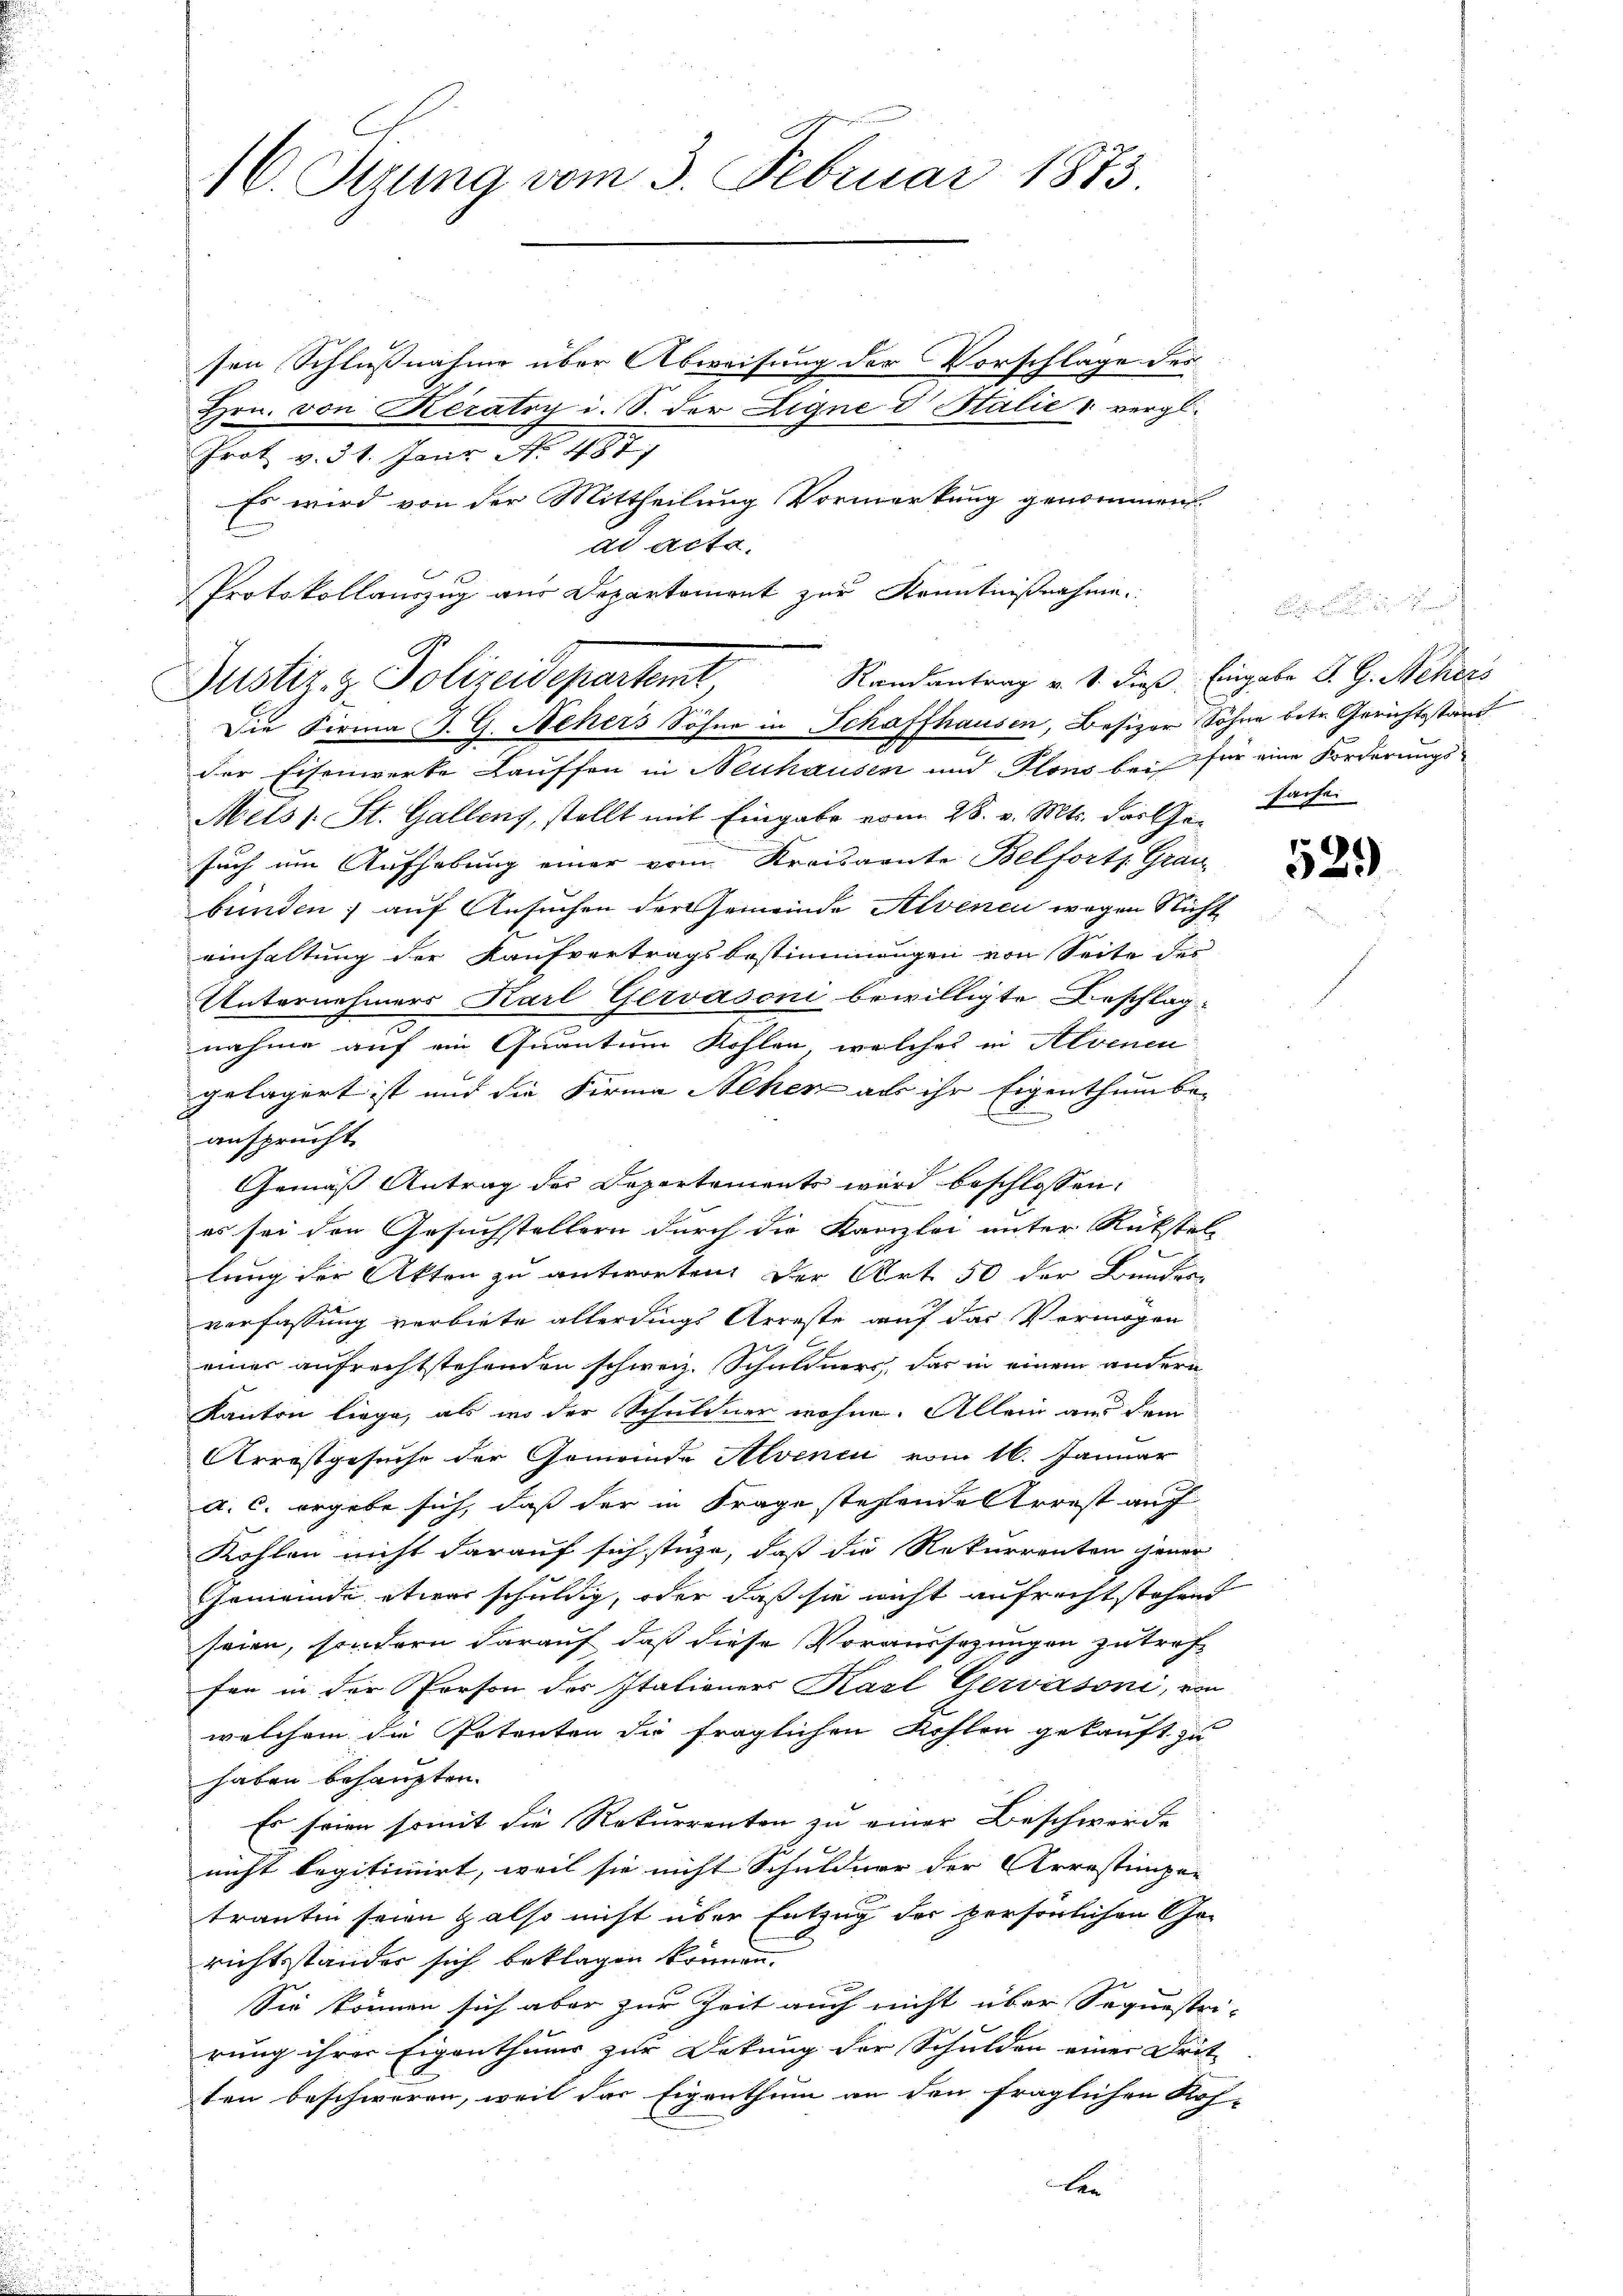
16. Sizung vom 3. Februar 1873.

sen Schlußnahme über Abweisung der Vorschlage der
Hrn. von Keratry i. S. der Eigne d Stalie & vergl.
Prot. v. 31. Janr No. 1871
Es wird von der Mittheilung Vormerkung genommen.
ad acta.
Protokollauszug aus Departement zur Kenntnißnahme

Randantrag v. S. dieß, Eingabe J. G. Schers
Justiz- & Polizeidepartent
Die Firma J. G. Achers Söhne in Schaffhausen, Besizer Sohne betr. Gerichtsstand
der Eisenwerke Lauffen in Neuhausen und Flons bei für eine Forderungs-

Mets s. St. Gallenz, stellt mit Eingabe vom 28. v. Mts. darthe Sachen
such um Aufhebung einer vom Kreisamte Belforts Grau
bünden; auf Ansuchen der Gemeinde Alvenen wegen Nicht
einhaltung der Kaufvertragsbestimmungen von Seite der
Unternehmers Karl Gervasoni bewilligte Beschlag
nahme auf ein Quantum Kohlen, welches in Alvenen
gelagert ist und die Firma Sehen aus ihr Eigenthum be-
ansprucht.
Gemäß Antrag der Departements wird beschlossen:
es sei den Gesuchstellern durch die Kanzlei unter Rückstel
lung der Akten zu antworten. Der Art 50 der Bundere
verfassung verbiete allerdings Arreste auf das Vermögen
x
einer aufrechtstehenden schweiz. Schuldners, das in einem andern
Kanton liege, als wo der Schuldner wohne. Allein aus dem
Arrestgesuche der Gemeinde Avenci vom 16. Januar
a. c. ergebe sich, daß der in Frage stehende Arrest auf
Kohlen nicht darauf sich stüze, daß die Rekurrenten Gener
Gemeinde etwas schuldig, oder daß sie nicht aufrecht stehend
seien, sondern darauf, daß diese Voraussezungen zutraf
fen in der Person des Italieners Karl Gervásoni, von
welchem die Petenten die fraglichen Kohlen gekauft zu
haben behaupten.
Es seien somit die Rekurrenten zu einer Beschwerde
nicht legitimirt, weil sie nicht Schuldner der Arrestimper
trauten seien also nicht über Entzug der persönlichen Ge-
richtsständer sich beklagen können.
Sie können sich aber zur Zeit auch nicht über Sequestri-
rung ihrer Eigenthums zur Dekung der Schulden einer Drit
ten beschweren, weil das Eigenthum an den fraglichen Roh-
len

52.)